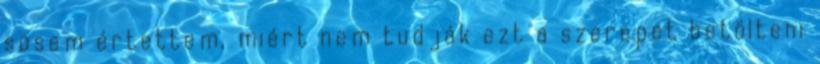
sosem értettem, miért nem tudják ezt a szerepet betölteni